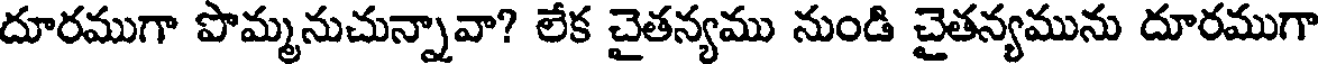
దూరముగా పొమ్మనుచున్నావా? లేక చైతన్యము నుండి చైతన్యమును దూరముగా